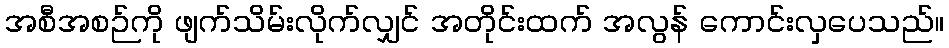
အစီအစဉ်ကို ဖျက်သိမ်းလိုက်လျှင် အတိုင်းထက် အလွန် ကောင်းလှပေသည်။